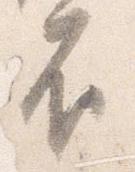
不